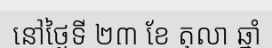
នៅថ្ងៃទី ២៣ ខែ តុលា ឆ្នាំ